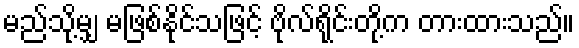
မည်သို့မျှ မဖြစ်နိုင်သဖြင့် ဗိုလ်ရိုင်းတို့က တားထားသည်။